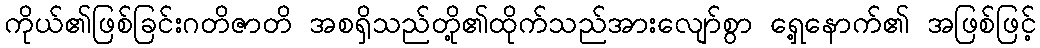
ကိုယ်၏ဖြစ်ခြင်းဂတိဇာတိ အစရှိသည်တို့၏ထိုက်သည်အားလျော်စွာ ရှေ့နောက်၏ အဖြစ်ဖြင့်